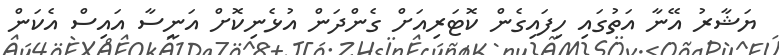
ޔަޝާރު އޭނާ އަތުގައި ހިފައިގެން ކޮޓަރިއަށް ގެންދަން އުޅެނިކޮށް އަނީސާ އައިސް އެކަން